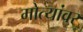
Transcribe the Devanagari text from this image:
मोत्यांवर